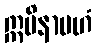
ဣမိနာပဟံ